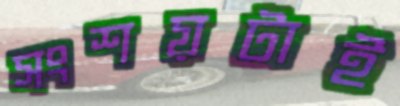
সংশয়টাই